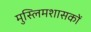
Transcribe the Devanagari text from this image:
मुस्लिमशासकों